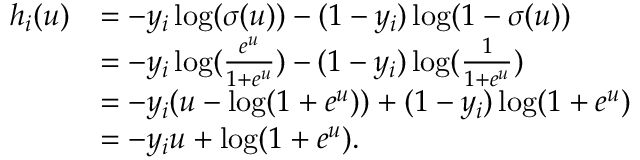
\begin{array} { r l } { h _ { i } ( u ) } & { = - y _ { i } \log ( \sigma ( u ) ) - ( 1 - y _ { i } ) \log ( 1 - \sigma ( u ) ) } \\ & { = - y _ { i } \log ( \frac { e ^ { u } } { 1 + e ^ { u } } ) - ( 1 - y _ { i } ) \log ( \frac { 1 } { 1 + e ^ { u } } ) } \\ & { = - y _ { i } ( u - \log ( 1 + e ^ { u } ) ) + ( 1 - y _ { i } ) \log ( 1 + e ^ { u } ) } \\ & { = - y _ { i } u + \log ( 1 + e ^ { u } ) . } \end{array}